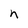
Character: n